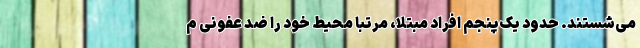
می‌شستند. حدود یک‌پنجم افراد مبتلا، مرتباً محیط خود را ضد عفونی م